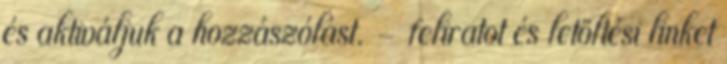
és aktiváljuk a hozzászólást. - feliratot és letöltési linket